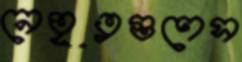
নেতৃত্বগুণেস